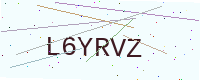
Text: L6YRVZ